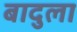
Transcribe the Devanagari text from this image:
बादुला